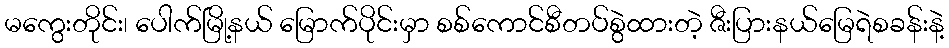
မကွေးတိုင်း၊ ပေါက်မြို့နယ် မြောက်ပိုင်းမှာ စစ်ကောင်စီတပ်စွဲထားတဲ့ ဇီးပြားနယ်မြေရဲစခန်းနဲ့